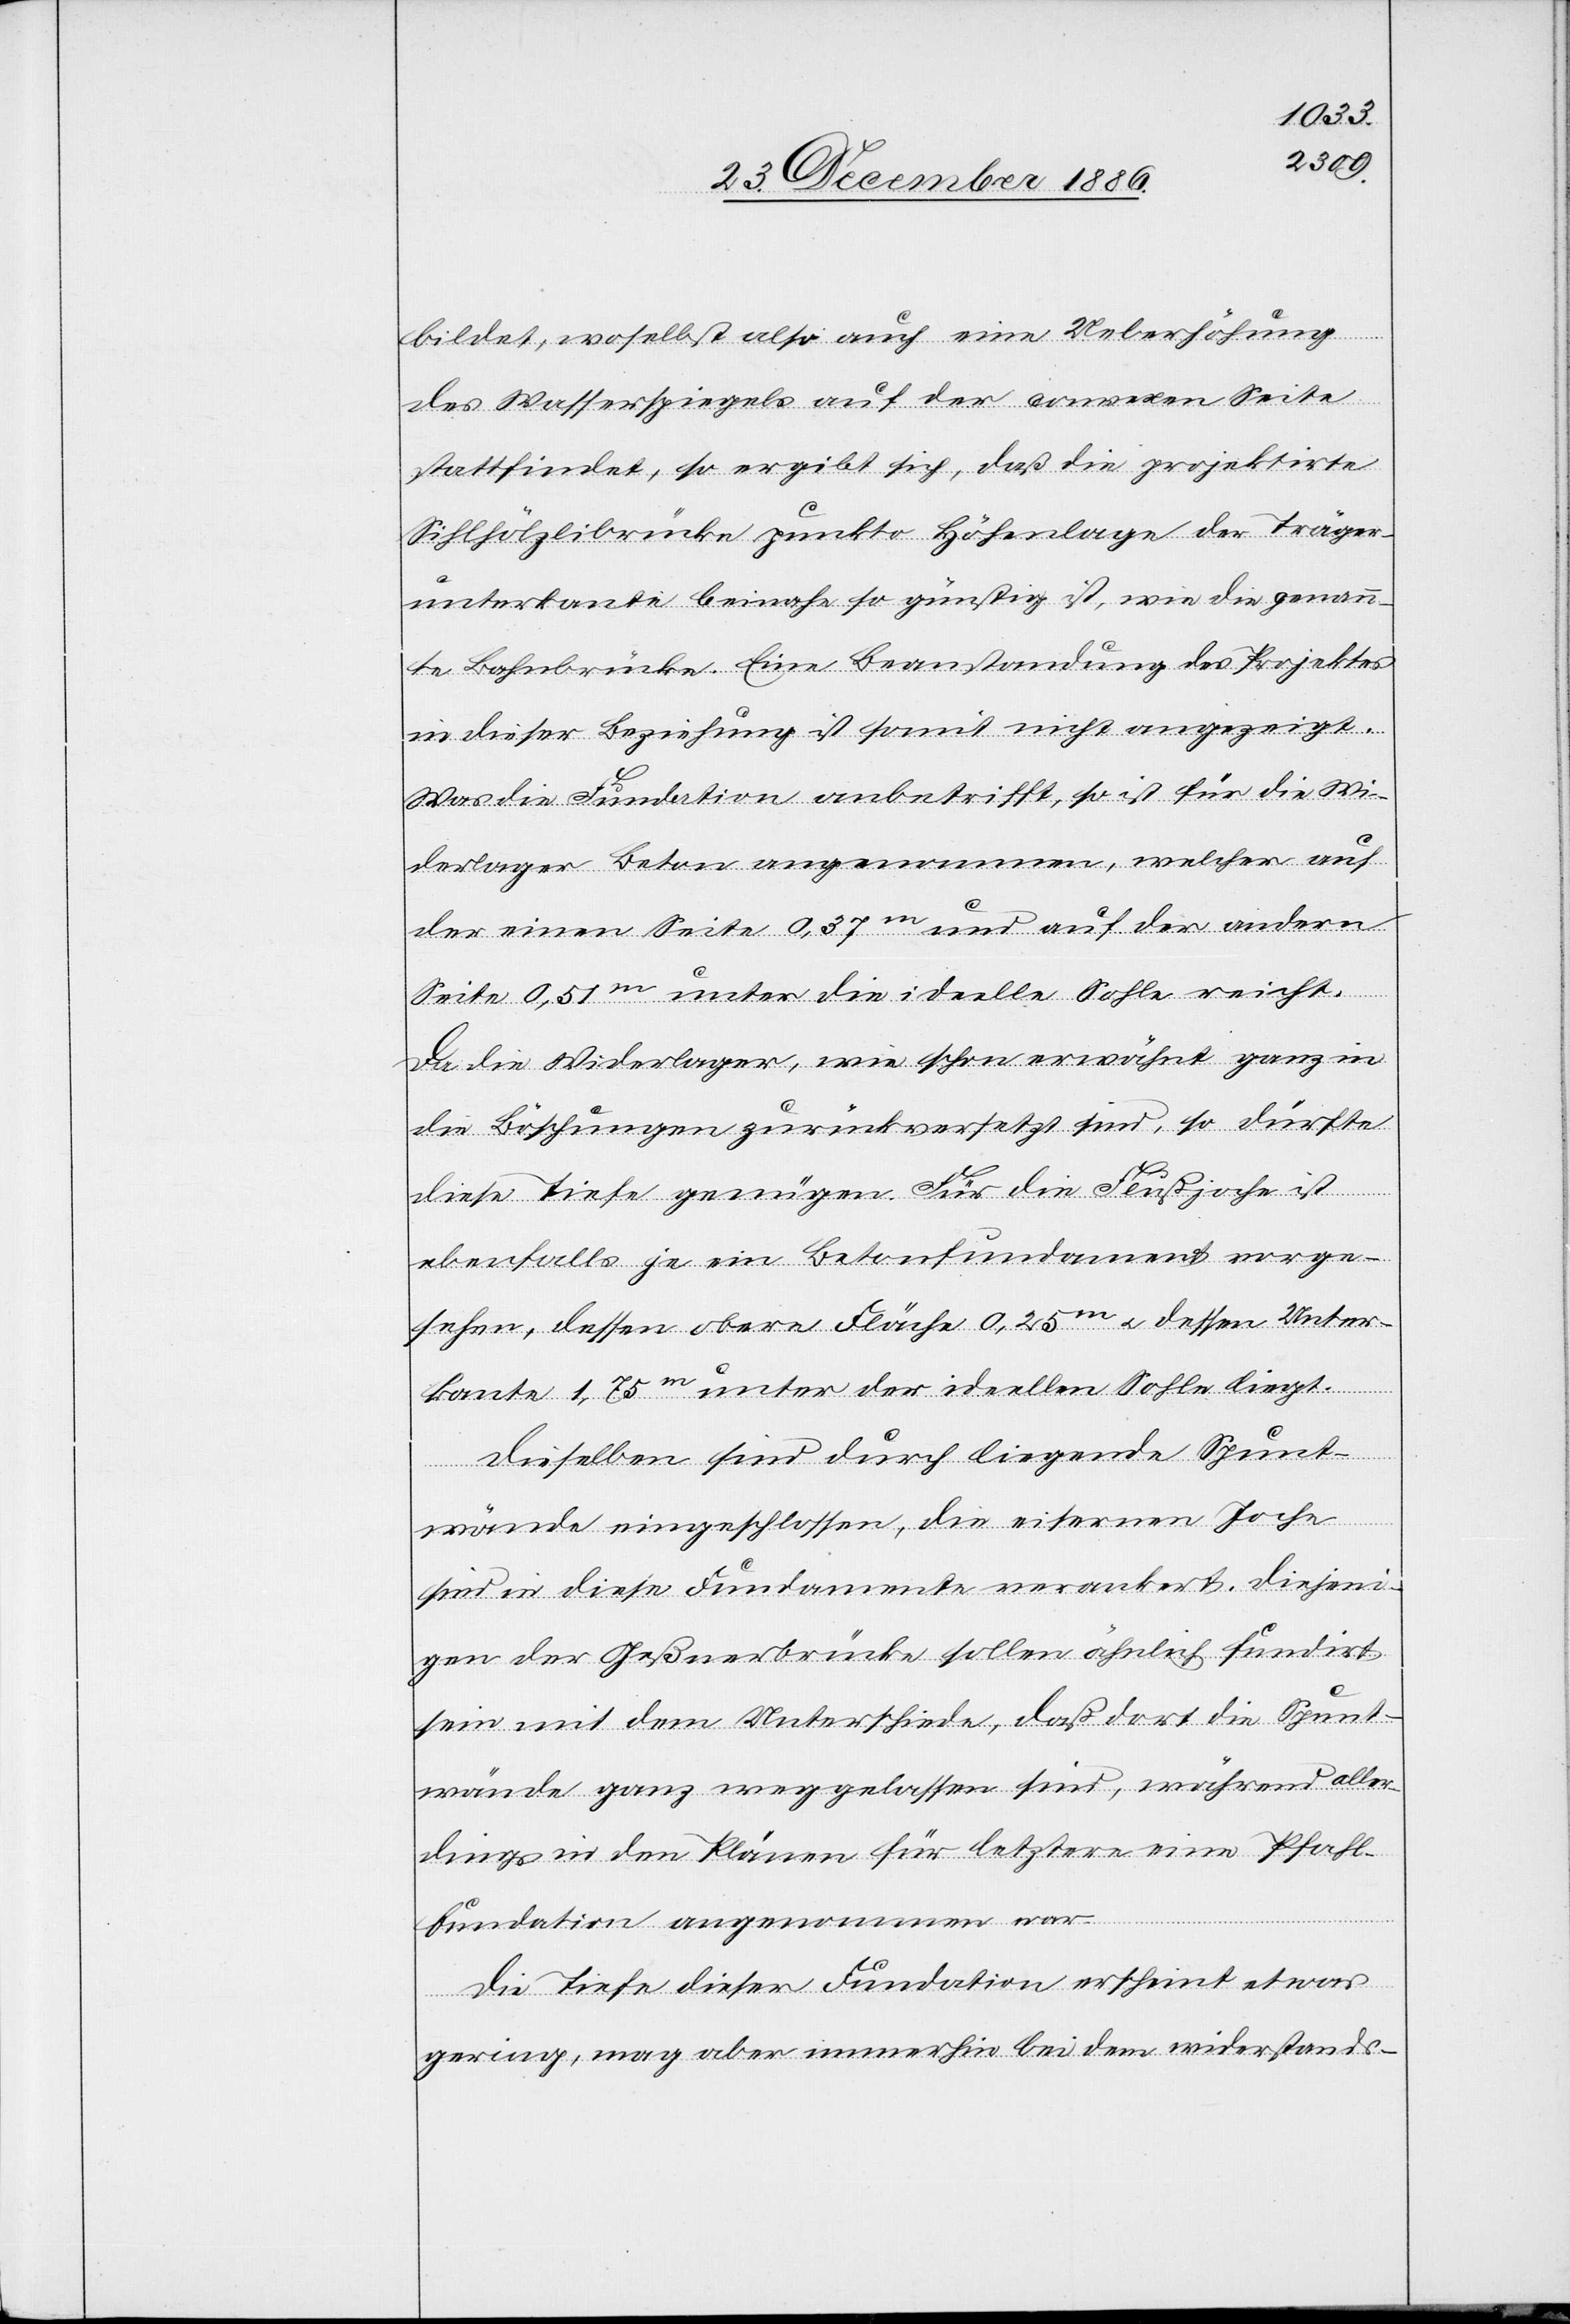
bildet, woselbst also auch eine Ueberhöhung
des Wasserspiegels auf der convexen Seite
stattfindet, so ergibt sich, daß die projektirte
Sihlhölzlibrücke punkto Höhenlage der Träger¬
unterkante beinahe so günstig ist, wie die genann¬
te Bahnbrücke. Eine Beanstandung des Projektes
in dieser Beziehung ist somit nicht angezeigt.
Was die Fundation anbetrifft, so ist für die Wi¬
derlager Beton angenommen, welcher auf
der einen Seite 0,37m und auf der andern
Seite 0,51m unter die ideelle Sohle reicht.
Da die Widerlager, wie schon erwähnt ganz in
die Böschungen zurückversetzt sind, so dürfte
diese Tiefe genügen. Für die Flußjoche ist
ebenfalls je ein Betonfundament vorge¬
sehen, dessen obere Fläche 0,25m & dessen Unter¬
kante 1,75m unter der ideellen Sohle liegt.
Dieselben sind durch liegende Spunt¬
wände eingeschlossen, die eisernen Joche
sind in diese Fundamente verankert. Diejeni¬
gen der Geßnerbrücke sollen ähnlich fundirt
sein mit dem Unterschiede, daß dort die Spunt¬
wände ganz weggelassen sind, während aller¬
dings in den Plänen für letztere eine Pfahl¬
fundation angenommen war.
Die Tiefe dieser Fundation erscheint etwas
gering, mag aber immerhin bei dem widerstands-